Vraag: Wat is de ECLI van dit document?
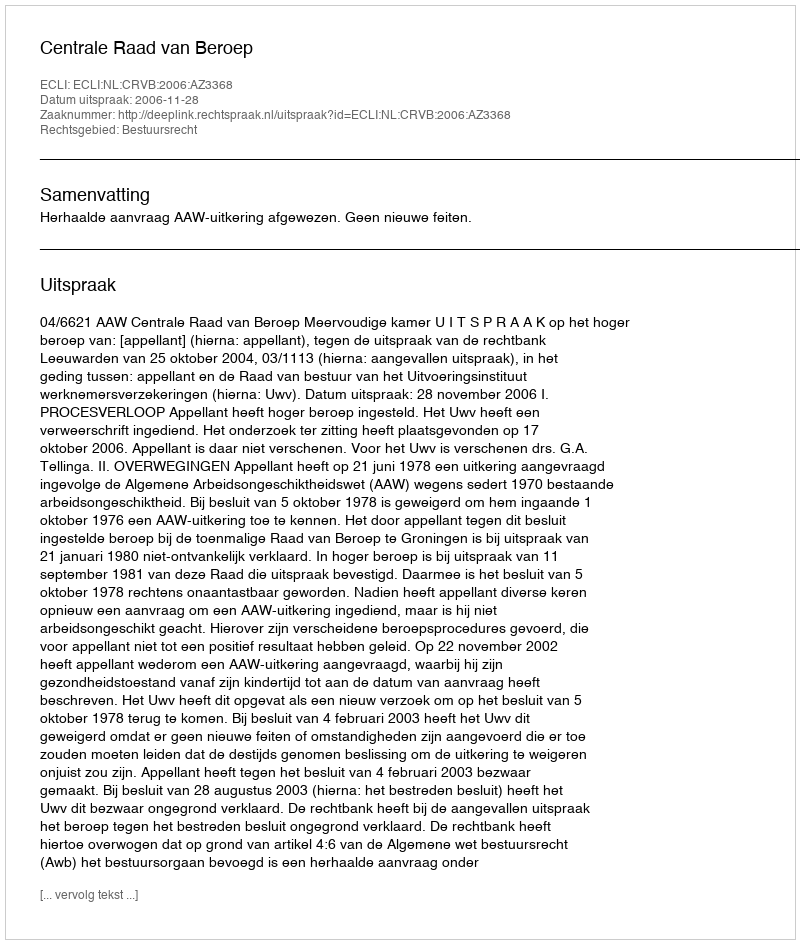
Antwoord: ECLI:NL:CRVB:2006:AZ3368